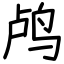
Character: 鸬